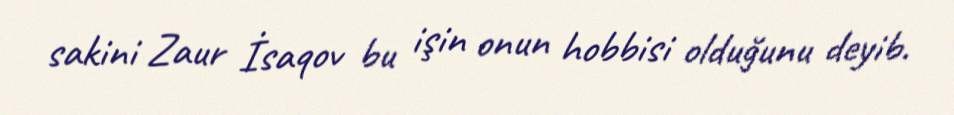
sakini Zaur İsaqov bu işin onun hobbisi olduğunu deyib.